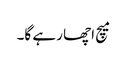
میچ اچھا رہے گا۔